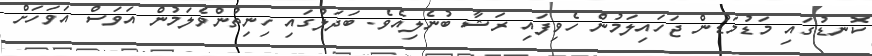
ކޮނޑުގައި މަޑުމަޑުން ޖަހައިލަމުން ހެވިފައި ރަޝާ ބުނެލިއެވެ. ބަދަލުގައި ހިނިތުންވެލަމުން އަވަސް އަވަހަށް